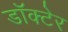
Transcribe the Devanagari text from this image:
डॉक्टेर